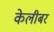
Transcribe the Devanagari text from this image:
केलीबर